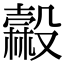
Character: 𣫓